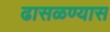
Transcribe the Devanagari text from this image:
ढासळण्यास